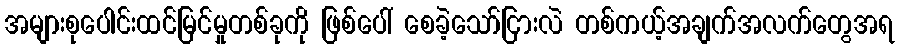
အများစုပေါင်းထင်မြင်မှုတစ်ခုကို ဖြစ်ပေါ် စေခဲ့သော်ငြားလဲ တစ်ကယ့်အချက်အလက်တွေအရ